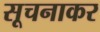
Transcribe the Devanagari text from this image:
सूचनाकर